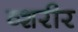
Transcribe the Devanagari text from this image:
व्शरीर